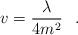
LaTeX: \begin{align*}v=\frac \lambda {4m^2}\hspace{0.3cm}. \end{align*}